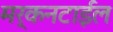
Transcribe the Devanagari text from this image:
मर्कनटाईल